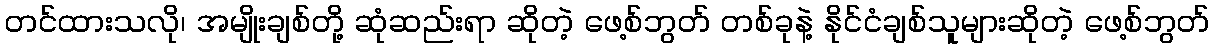
တင်ထားသလို၊ အမျိုးချစ်တို့ ဆုံဆည်းရာ ဆိုတဲ့ ဖေ့စ်ဘွတ် တစ်ခုနဲ့ နိုင်ငံချစ်သူများဆိုတဲ့ ဖေ့စ်ဘွတ်